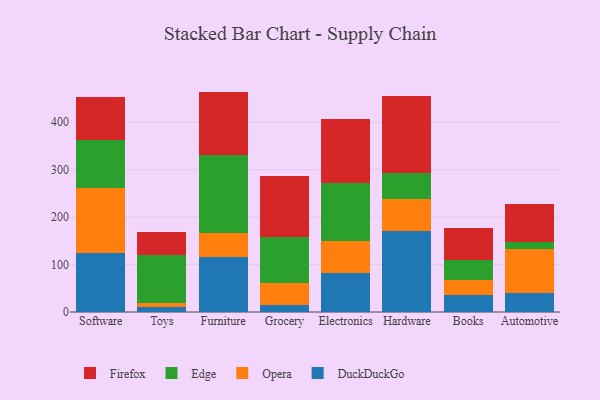
{"axis": {"x": "Category", "y": "Temperature (°C)"}, "legend": ["DuckDuckGo", "Edge", "Firefox", "Opera"], "data": [{"x": "Software", "y": 123.4, "type": "DuckDuckGo"}, {"x": "Software", "y": 137.1, "type": "Opera"}, {"x": "Software", "y": 101.4, "type": "Edge"}, {"x": "Software", "y": 91.0, "type": "Firefox"}, {"x": "Toys", "y": 11.4, "type": "DuckDuckGo"}, {"x": "Toys", "y": 7.7, "type": "Opera"}, {"x": "Toys", "y": 101.0, "type": "Edge"}, {"x": "Toys", "y": 48.7, "type": "Firefox"}, {"x": "Furniture", "y": 117.0, "type": "DuckDuckGo"}, {"x": "Furniture", "y": 49.9, "type": "Opera"}, {"x": "Furniture", "y": 164.2, "type": "Edge"}, {"x": "Furniture", "y": 133.6, "type": "Firefox"}, {"x": "Grocery", "y": 13.9, "type": "DuckDuckGo"}, {"x": "Grocery", "y": 48.0, "type": "Opera"}, {"x": "Grocery", "y": 95.8, "type": "Edge"}, {"x": "Grocery", "y": 128.2, "type": "Firefox"}, {"x": "Electronics", "y": 82.1, "type": "DuckDuckGo"}, {"x": "Electronics", "y": 66.7, "type": "Opera"}, {"x": "Electronics", "y": 122.8, "type": "Edge"}, {"x": "Electronics", "y": 134.9, "type": "Firefox"}, {"x": "Hardware", "y": 170.7, "type": "DuckDuckGo"}, {"x": "Hardware", "y": 67.7, "type": "Opera"}, {"x": "Hardware", "y": 53.8, "type": "Edge"}, {"x": "Hardware", "y": 163.5, "type": "Firefox"}, {"x": "Books", "y": 35.7, "type": "DuckDuckGo"}, {"x": "Books", "y": 30.9, "type": "Opera"}, {"x": "Books", "y": 44.1, "type": "Edge"}, {"x": "Books", "y": 65.5, "type": "Firefox"}, {"x": "Automotive", "y": 39.4, "type": "DuckDuckGo"}, {"x": "Automotive", "y": 92.6, "type": "Opera"}, {"x": "Automotive", "y": 15.4, "type": "Edge"}, {"x": "Automotive", "y": 80.7, "type": "Firefox"}]}